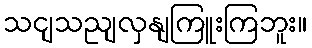
သငျသညျလှနျကြူးကြဘူး။